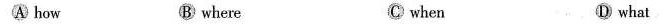
A how B where C when D what